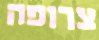
צרופה